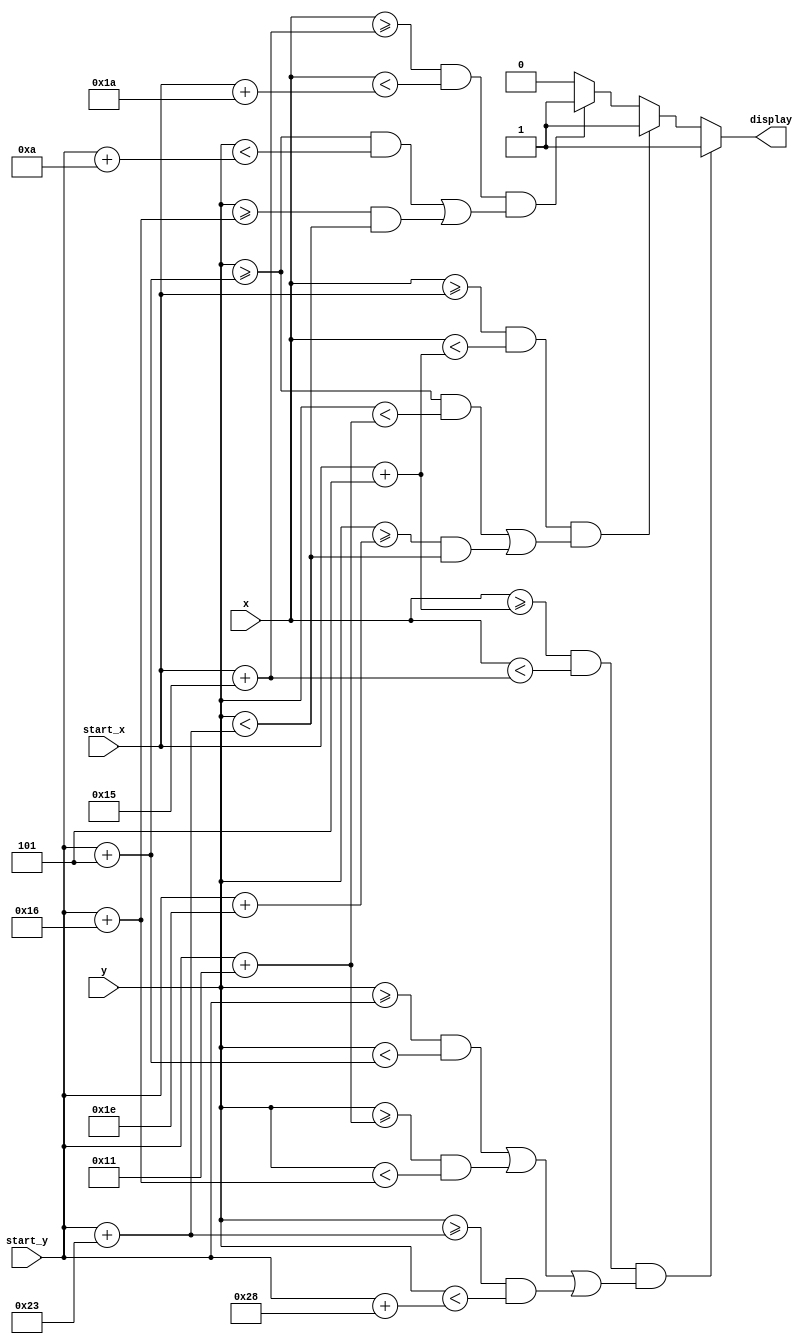
`timescale 1ns / 1ps
//////////////////////////////////////////////////////////////////////////////////
// Company: 
// Engineer: 
// 
// Design Name: 
// Module Name: char_s
// Project Name: 
// Target Devices: 
// Tool Versions: 
// Description: 
// 
// Dependencies: 
// 
// Revision:
// Revision 0.01 - File Created
// Additional Comments:
// 
//////////////////////////////////////////////////////////////////////////////////


module char_s(
    input [31:0] start_x,
    input [31:0] start_y,
    input [9:0] x,
    input [9:0] y,
    output reg display
    );
    
    initial
        display = 0;
    always @(x or y)
    begin
    
        if((x >= start_x + 5) && (x < start_x + 21)
        && (((y >= start_y) && (y < start_y + 5)) || ((y >= start_y + 17) && (y < start_y + 22))
        || ((y >= start_y + 35) && (y < start_y + 40))))
            display = 1;
        else if((x >= start_x) && (x < start_x + 5)
        && (((y >= start_y + 5) && (y < start_y + 17)) || ((y >= start_y + 30) && (y < start_y + 35))))
            display = 1;
        else if((x >= start_x + 21) && (x < start_x + 26)
        && (((y >= start_y + 5) && (y < start_y + 10)) || ((y >= start_y + 22) && (y < start_y + 35))))
            display = 1;
        else display = 0;
    end
endmodule